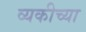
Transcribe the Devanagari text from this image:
व्यकीच्या